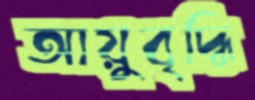
আয়ুবৃদ্ধি